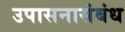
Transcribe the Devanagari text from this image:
उपासनासंबंध